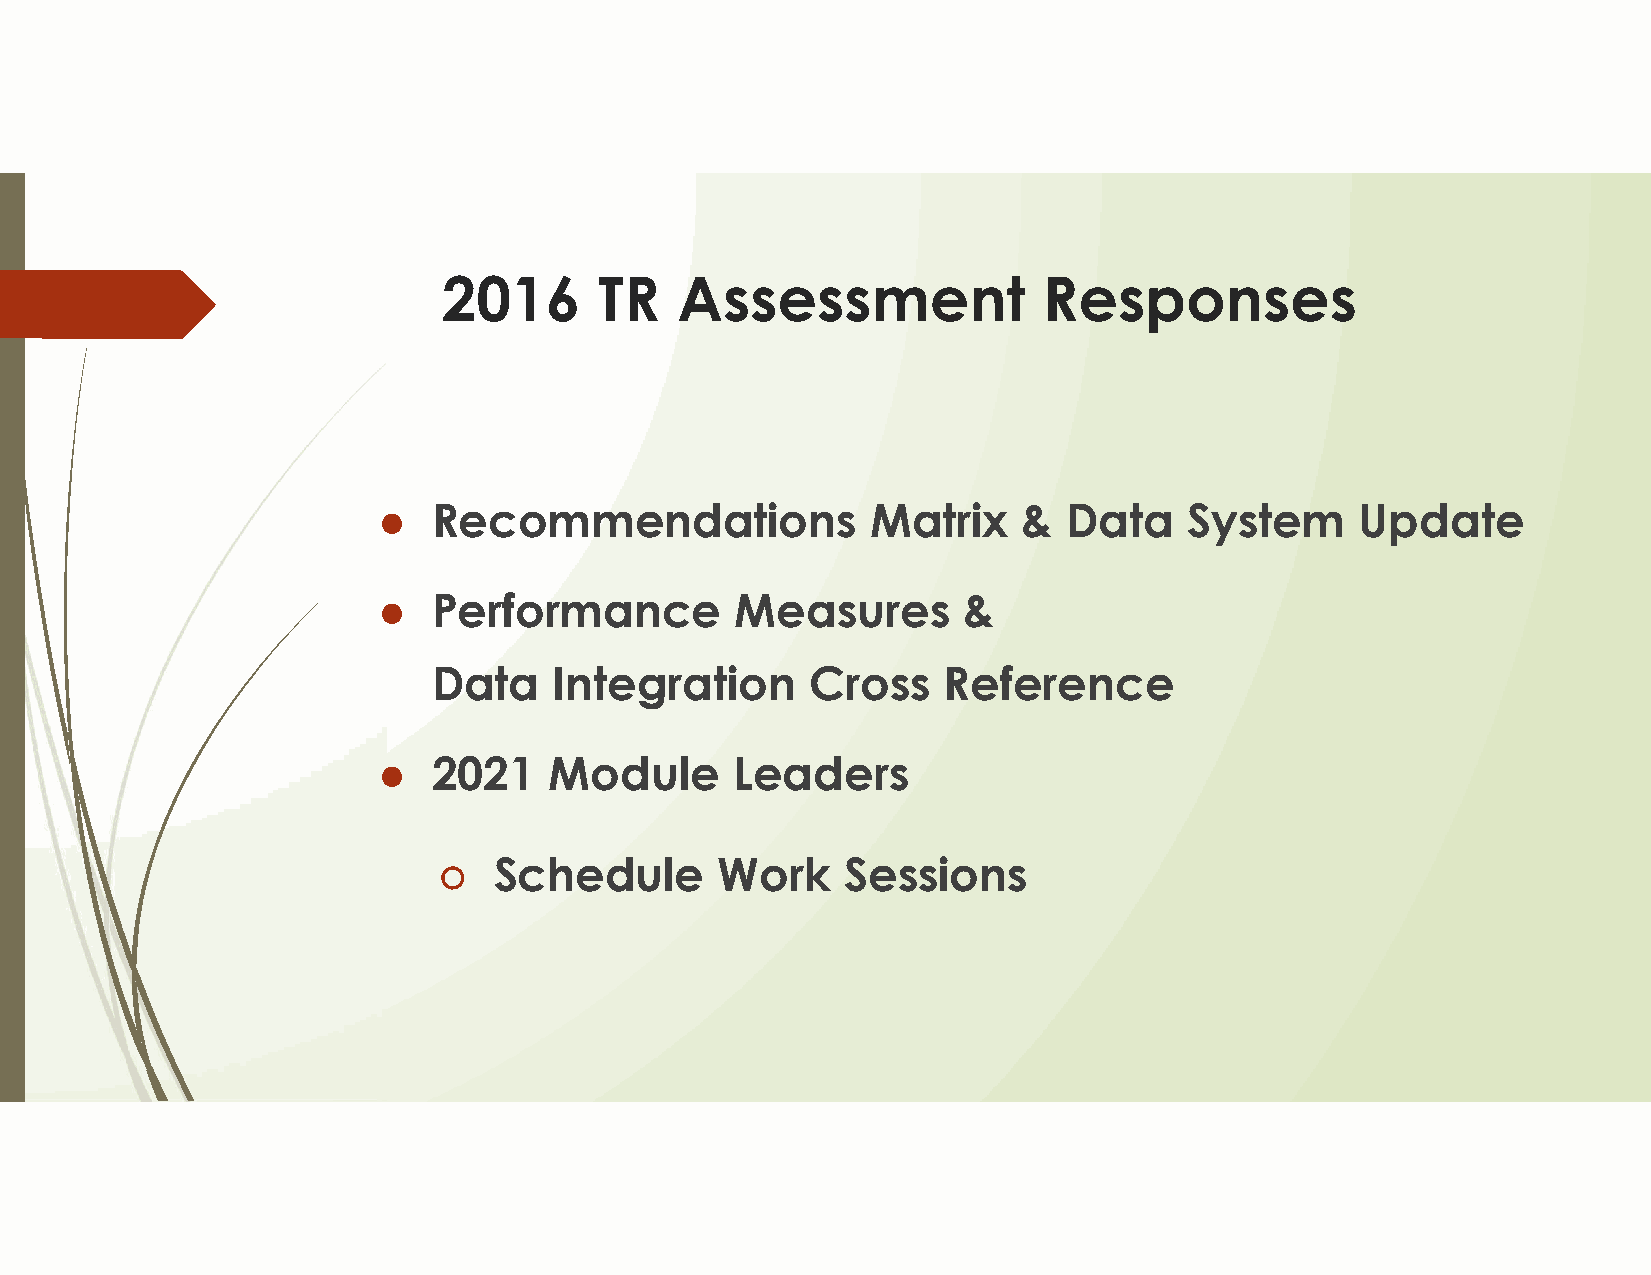
2016       TR   Assessment              Responses
 ●   Recommendations              Matrix    &  Data    System     Update
 ●   Performance         Measures       &
 Data    Integration      Cross   Reference
 ●   2021   Module       Leaders
 ○   Schedule       Work    Sessions